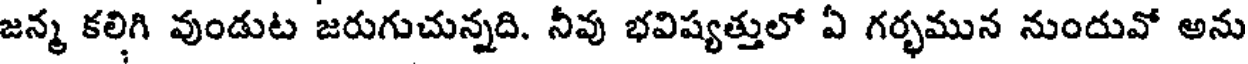
జన్మ కలిగి వుండుట జరుగుచున్నది. నీవు భవిష్యత్తులో ఏ గర్భమున నుందువో అను